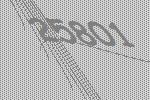
25801